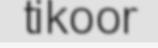
tikoor